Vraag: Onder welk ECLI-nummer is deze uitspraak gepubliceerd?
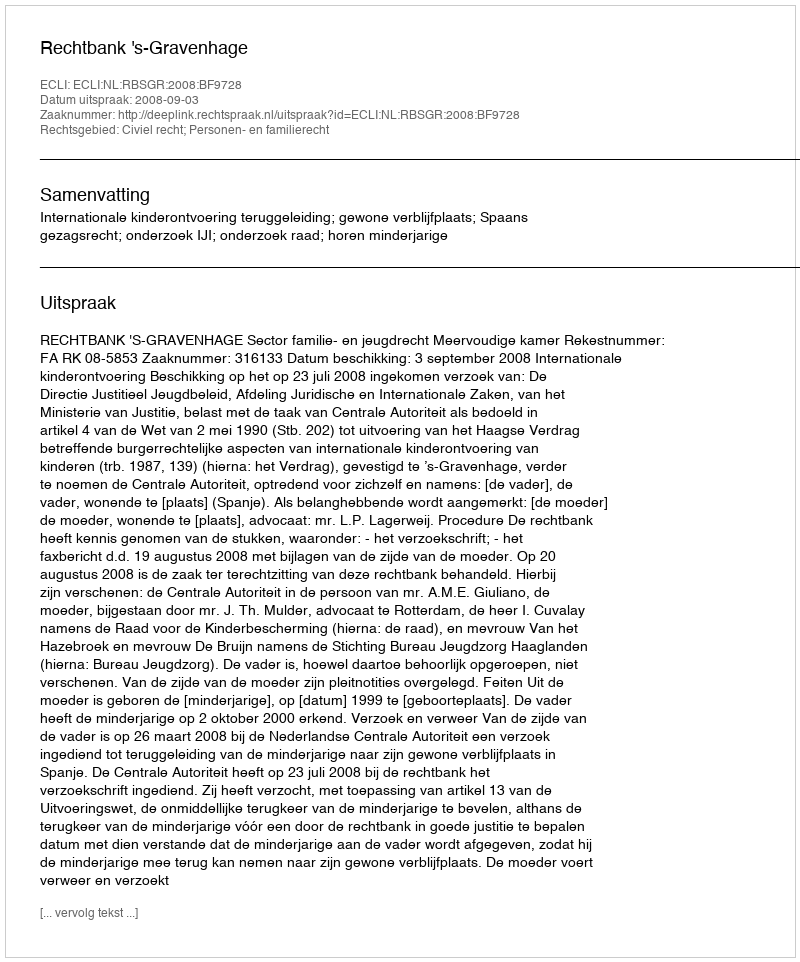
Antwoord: ECLI:NL:RBSGR:2008:BF9728